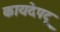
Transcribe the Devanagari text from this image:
कायदेपटू